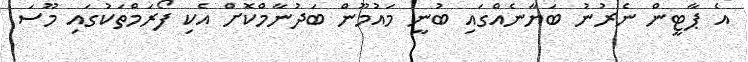
އެ ޕާޓީން ނެރުނު ބަޔާނެއްގައި ބުނީ މައުމޫން ބަދުނާމްކޮށް އެކި ފޯރަމްތަކުގައި މޫސަ